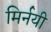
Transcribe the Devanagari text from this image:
मिर्नयी